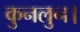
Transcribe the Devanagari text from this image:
कुनलुन।